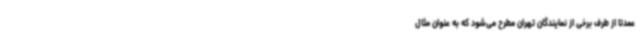
عمدتا از طرف برخی از نمایندگان تهران مطرح می‌شود که به عنوان مثال